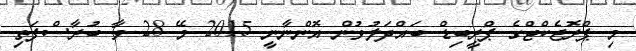
މި ޕްރޮޖެކްޓްގެ ޕްރީބިޑް ބައްދަލުވުން އޮންނާނީ 2015 މޭ 28 ވާ ބުރާސްފަތި